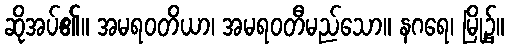
ဆိုအပ်၏။ အမရဝတိယာ၊ အမရဝတီမည်သော။ နဂရေ၊ မြို့၌။